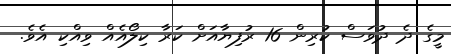
މީގެ ދެ ދުވަސް ކުރިން 16 ރުފިޔާއަށް ކަރާ ކިލޯއެއް ވިއްކި އެވެ.